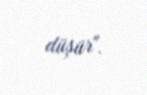
düşür".